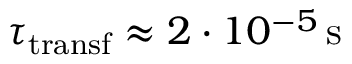
\tau _ { \mathrm { t r a n s f } } \approx 2 \cdot 1 0 ^ { - 5 } \, \mathrm { s }